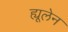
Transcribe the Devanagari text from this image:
ह्यूलेन